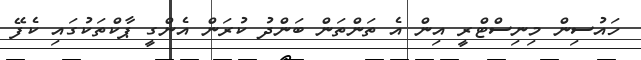
ހައުސިން މިނިސްޓްރީ އިން އެ ތަންތަން ބަންދު ކުރަން އެންގީ ޕާކްތަކުގައި ކެފޭ